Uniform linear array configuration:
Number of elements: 8
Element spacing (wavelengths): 0.25
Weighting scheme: hann
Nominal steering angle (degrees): -60
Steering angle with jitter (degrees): -61.661
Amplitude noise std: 0.05
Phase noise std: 0.05

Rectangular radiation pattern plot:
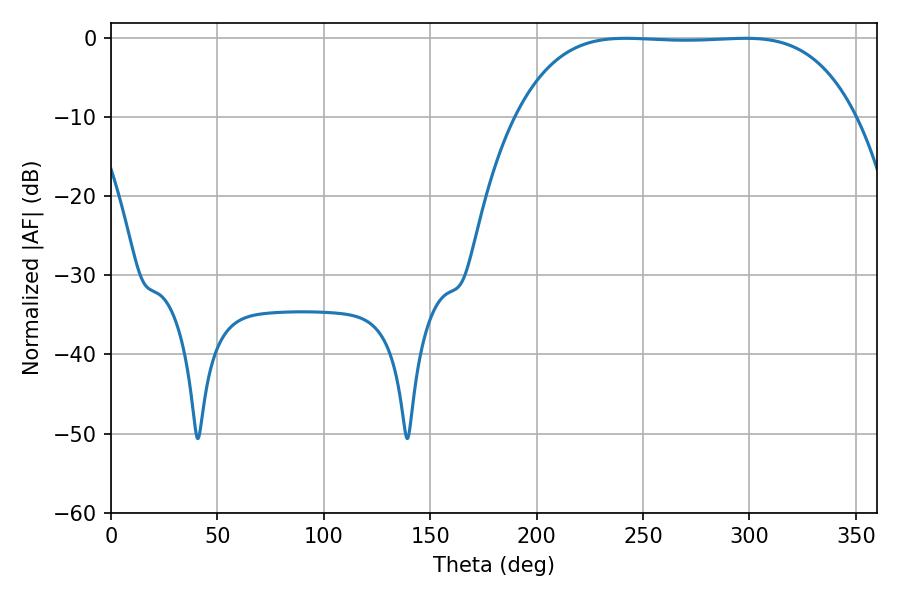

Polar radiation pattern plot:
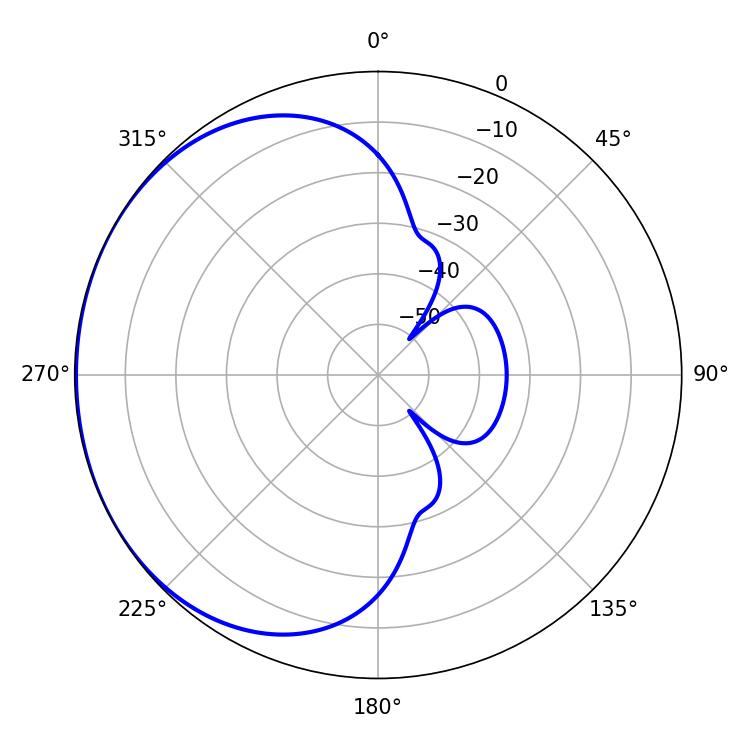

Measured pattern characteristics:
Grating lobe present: FALSE
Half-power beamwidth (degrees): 123.48
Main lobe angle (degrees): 241.92